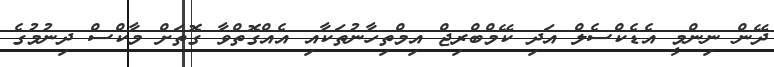
ދޭން ނިންމީ އެޑެކްސެލް އަދި ކޭމްބްރިޖް އިމްތިހާނުތަކާއި އެއްގޮތްވާ ގޮތަށް މާކްސް ދިނުމުގެ